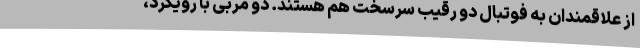
از علاقمندان به فوتبال دو رقیب سرسخت هم هستند. دو مربی با رویکرد،